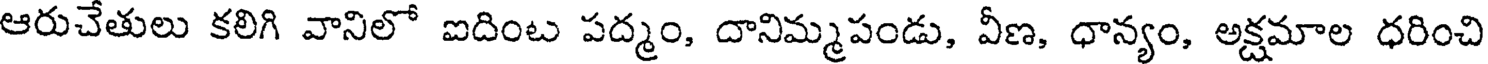
ఆరుచేతులు కలిగి వానిలో ఐదింట పద్మం, దానిమ్మపండు, వీణ, ధాన్యం, అక్షమాల ధరించి